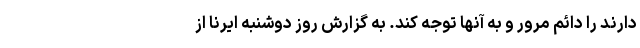
دارند را دائم مرور و به آنها توجه کند. به گزارش روز دوشنبه ایرنا از